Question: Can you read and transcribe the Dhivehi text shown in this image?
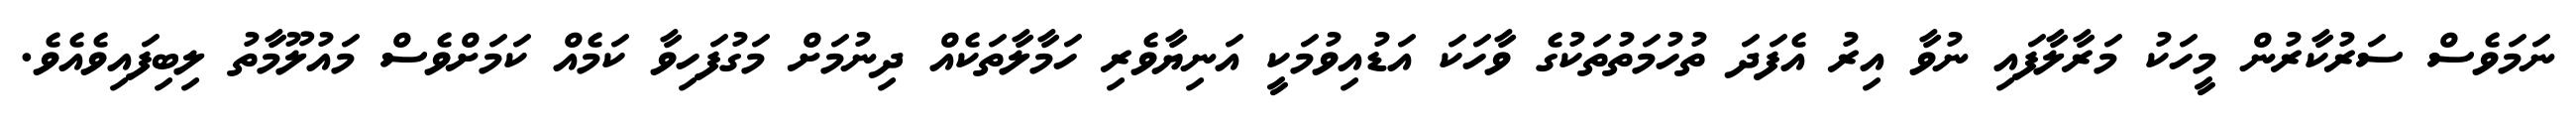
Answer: ނަމަވެސް ސަރުކާރުން މީހަކު މަރާލާފައި ނުވާ އިރު އެފަދަ ތުހުމަތުތަކުގެ ވާހަކަ އަޑުއިވުމަކީ އަނިޔާވެރި ހަމާލާތަކެއް ދިނުމަށް މަގުފަހިވާ ކަމެއް ކަމަށްވެސް މައުލޫމާތު ލިބިފައިވެއެވެ.